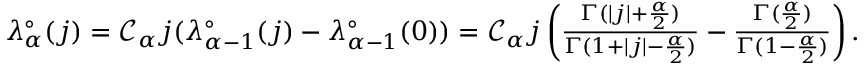
\begin{array} { r } { \lambda _ { \alpha } ^ { \circ } ( j ) = \mathcal { C } _ { \alpha } j ( \lambda _ { \alpha - 1 } ^ { \circ } ( j ) - \lambda _ { \alpha - 1 } ^ { \circ } ( 0 ) ) = \mathcal { C } _ { \alpha } j \left( \frac { \Gamma ( | j | + \frac { \alpha } { 2 } ) } { \Gamma ( 1 + | j | - \frac { \alpha } 2 ) } - \frac { \Gamma ( \frac { \alpha } { 2 } ) } { \Gamma ( 1 - \frac { \alpha } 2 ) } \right) . } \end{array}